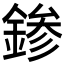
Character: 𨨕